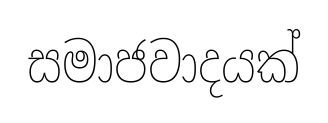
සමාජවාදයක්